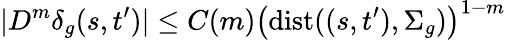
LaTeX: |D^{m}\delta_{g}(s,t^{\prime})|\leq C(m)\big(\mathrm{dist}((s,t^{\prime}),\Sigma_{g})\big)^{1-m}